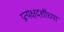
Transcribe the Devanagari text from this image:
प्रत्यक्षदर्शीच्या